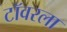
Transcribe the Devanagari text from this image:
टॉवरला